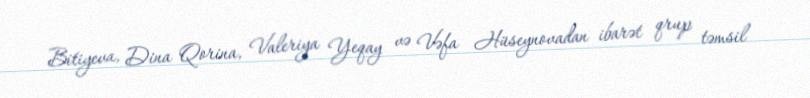
Bitiyeva, Dina Qorina, Valeriya Yeqay və Vəfa Hüseynovadan ibarət qrup təmsil